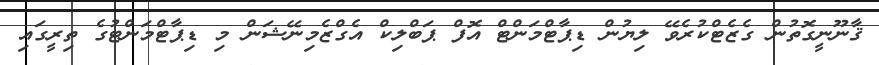
ޤާނޫނީގޮތުން ގެޒެޓްކުރެވޭ ލިޔުން ޑިޕާޓްމަންޓް އޮފް ޕަބްލިކް އެގްޒެމިނޭޝަން މި ޑިޕާޓްމަންޓުގެ ތިރީގައި